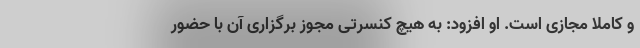
و کاملا مجازی است. او افزود: به هیچ کنسرتی مجوز برگزاری آن با حضور